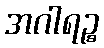
အဂါရဉ္စ